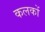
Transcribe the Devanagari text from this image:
कलकों